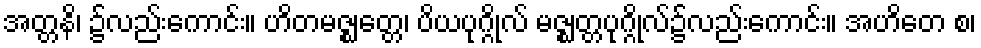
အတ္တနိ၊ ၌လည်းကောင်း။ ဟိတမဇ္ဈတ္တေ၊ ပိယပုဂ္ဂိုလ် မဇ္ဈတ္တပုဂ္ဂိုလ်၌လည်းကောင်း။ အဟိတေ စ၊